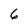
Character: 6